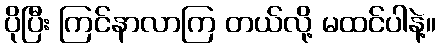
ပိုပြီး ကြင်နာလာကြ တယ်လို့ မထင်ပါနဲ့။